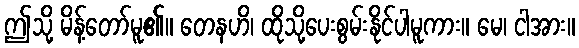
ဤသို့ မိန့်တော်မူ၏။ တေနဟိ၊ ထိုသို့ပေးစွမ်းနိုင်ပါမူကား။ မေ၊ ငါအား။